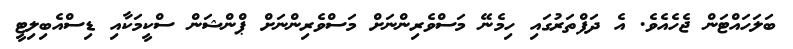
ބަލަހައްޓަން ޖެހެއެވެ. އެ ދަފްތަރުގައި ހިމެނޭ މަސްވެރިންނަށް މަސްވެރިންނަށް ޕްންޝަން ސްކީމަކާއި ޑިސްއެބިލިޓީ